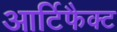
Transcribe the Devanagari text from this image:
आर्टिफैक्ट